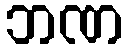
ဘဏ